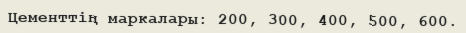
Цементтің маркалары: 200, 300, 400, 500, 600.